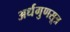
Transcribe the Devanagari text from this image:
अर्धगुणसूत्र